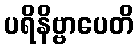
ပရိနိဗ္ဗာပေတိ